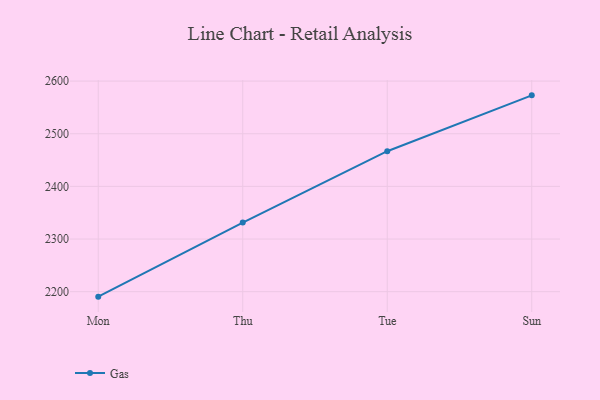
{"axis": {"x": "Day", "y": "Website Visitors"}, "legend": ["Gas"], "data": [{"x": "Mon", "y": 2190.6, "type": "Gas"}, {"x": "Thu", "y": 2331.2, "type": "Gas"}, {"x": "Tue", "y": 2466.8, "type": "Gas"}, {"x": "Sun", "y": 2572.9, "type": "Gas"}]}